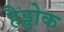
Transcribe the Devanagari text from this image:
हैड्डोक